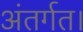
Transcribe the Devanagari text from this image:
अंतर्गत।